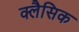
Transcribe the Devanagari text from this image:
क्लैसिक